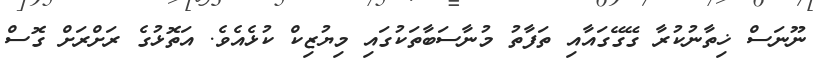
ނޫނަސް ޚިތާނުކުރާ ގޭގޭގައާއި ތަފާތު މުނާސަބާތަކުގައި މިޔުޒިކް ކުޅެއެވެ. އަތޮޅުގެ ރަށްރަށް ގޮސް